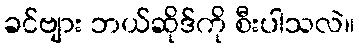
ခင်ဗျား ဘယ်ဆိုဒ်ကို စီးပါသလဲ။